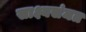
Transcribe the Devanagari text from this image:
साक्ष्यसंमत